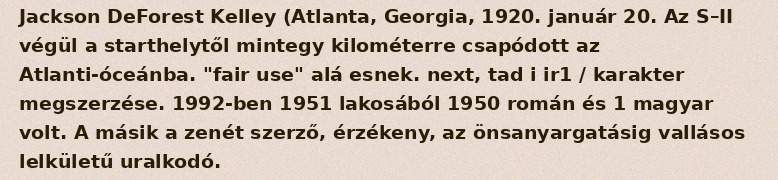
Jackson DeForest Kelley (Atlanta, Georgia, 1920. január 20. Az S–II végül a starthelytől mintegy kilométerre csapódott az Atlanti-óceánba. "fair use" alá esnek. next, tad i ir1 / karakter megszerzése. 1992-ben 1951 lakosából 1950 román és 1 magyar volt. A másik a zenét szerző, érzékeny, az önsanyargatásig vallásos lelkületű uralkodó.